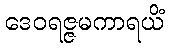
ဒေဝရဇ္ဇမကာရယိံ